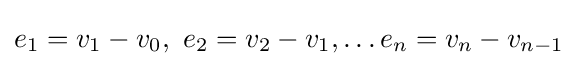
e_{1}=v_{1}-v_{0},\ e_{2}=v_{2}-v_{1},\ldots e_{n}=v_{n}-v_{n-1}